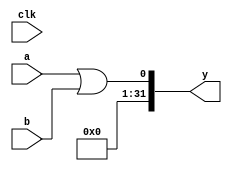
`timescale 1ns / 1ps
//////////////////////////////////////////////////////////////////////////////////
// Company: 
// Engineer: 
// 
// Design Name: 
// Module Name: OR
// Project Name: 
// Target Devices: 
// Tool Versions: 
// Description: 
// 
// Dependencies: 
// 
// Revision:
// Revision 0.01 - File Created
// Additional Comments:
// 
//////////////////////////////////////////////////////////////////////////////////


module ORGate(a, b, y, clk);

input [31:0] a;
input [31:0] b;
input clk;

output [31:0] y;

    assign y = a || b;

endmodule